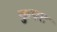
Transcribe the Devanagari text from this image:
कुयट